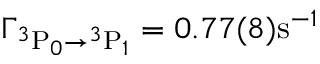
\Gamma _ { { } ^ { 3 } \mathrm { P } _ { 0 } \rightarrow { } ^ { 3 } \mathrm { P } _ { 1 } } = \ensuremath { 0 . 7 7 ( 8 ) \mathrm { s } ^ { - 1 } }